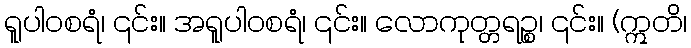
ရူပါဝစရံ၊ ၎င်း။ အရူပါဝစရံ၊ ၎င်း။ လောကုတ္တရဉ္စ၊ ၎င်း။ (ဣတိ၊